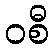
ဝစီ